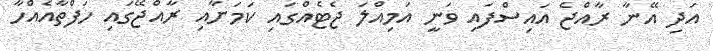
އަދި އޭނާ ރާއްޖެ އައިސްފައި ވަނީ އަމިއްލަ ޖެޓެއްގައި ކަމަށާއި ރާއްޖޭގައި ހަފްތާއެއްހާ